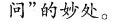
问”的妙处。